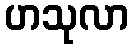
ဟသုလာ